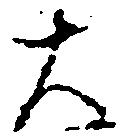
大